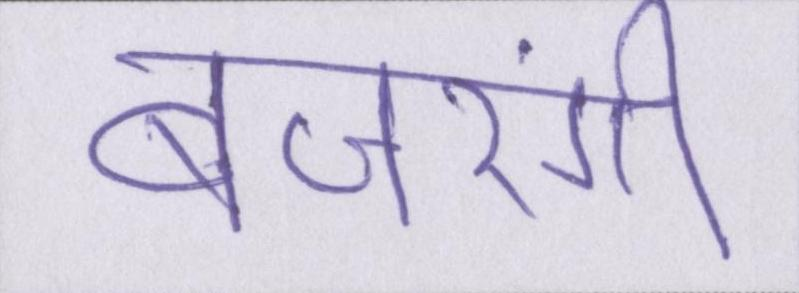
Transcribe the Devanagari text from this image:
बजरंगी